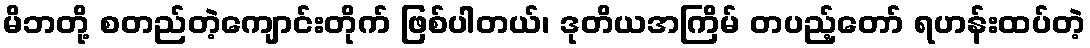
မိဘတို့ စတည်တဲ့ကျောင်းတိုက် ဖြစ်ပါတယ်၊ ဒုတိယအကြိမ် တပည့်တော် ရဟန်းထပ်တဲ့